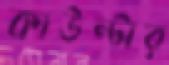
কাউন্টার